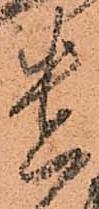
貴